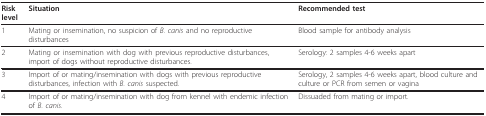
<table><thead><tr><td><b>Risk level</b></td><td><b>Situation</b></td><td><b>Recommended test</b></td></tr></thead><tbody><tr><td>1</td><td>Mating or insemination, no suspicion of <i>B. canis </i>and no reproductive disturbances</td><td>Blood sample for antibody analysis</td></tr><tr><td>2</td><td>Mating or insemination with dog with previous reproductive disturbances, import of dogs without reproductive disturbances.</td><td>Serology: 2 samples 4-6 weeks apart</td></tr><tr><td>3</td><td>Import of or mating/insemination with dogs with previous reproductive disturbances, infection with <i>B. canis </i>suspected.</td><td>Serology, 2 samples 4-6 weeks apart, blood culture and culture or PCR from semen or vagina</td></tr><tr><td>4</td><td>Import of or mating/insemination with dog from kennel with endemic infection of <i>B. canis</i>.</td><td>Dissuaded from mating or import.</td></tr></tbody></table>